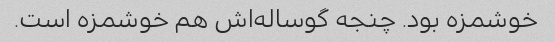
خوشمزه بود. چنجه گوساله‌اش هم خوشمزه است.